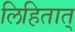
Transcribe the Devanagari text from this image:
लिहितात्